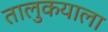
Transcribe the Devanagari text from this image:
तालुकयाला